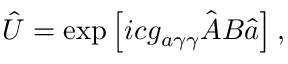
\hat { U } = \exp \left[ i c g _ { a \gamma \gamma } \hat { \boldsymbol A } { \boldsymbol B } \hat { a } \right] ,